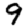
Digit: 9